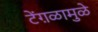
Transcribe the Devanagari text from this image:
टेंग़ळामुळे